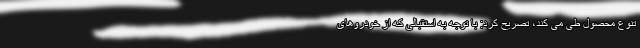
تنوع محصول طی می کند، تصریح کرد: با توجه به استقبالی که از خودروهای